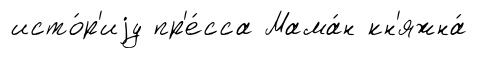
исто́р'иjу пр'е́сса Мама́н кн'яжна́